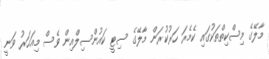
މާލޭގެ މިސްކިތްތަކުގައި ކެމެރަ ހަރުކުރަން މާލޭގެ ސިޓީ ކައުންސިލްއިން ވެސް މިއަހަރު ވަނީ